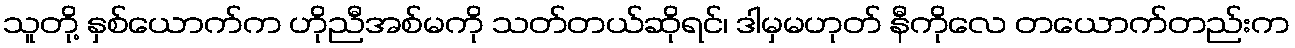
သူတို့ နှစ်ယောက်က ဟိုညီအစ်မကို သတ်တယ်ဆိုရင်၊ ဒါမှမဟုတ် နီကိုလေ တယောက်တည်းက